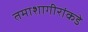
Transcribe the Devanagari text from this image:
तमाशागीरांकडे